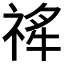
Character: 𬓄